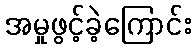
အမှုဖွင့်ခဲ့ကြောင်း